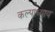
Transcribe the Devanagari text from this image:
कल्पाध्याय